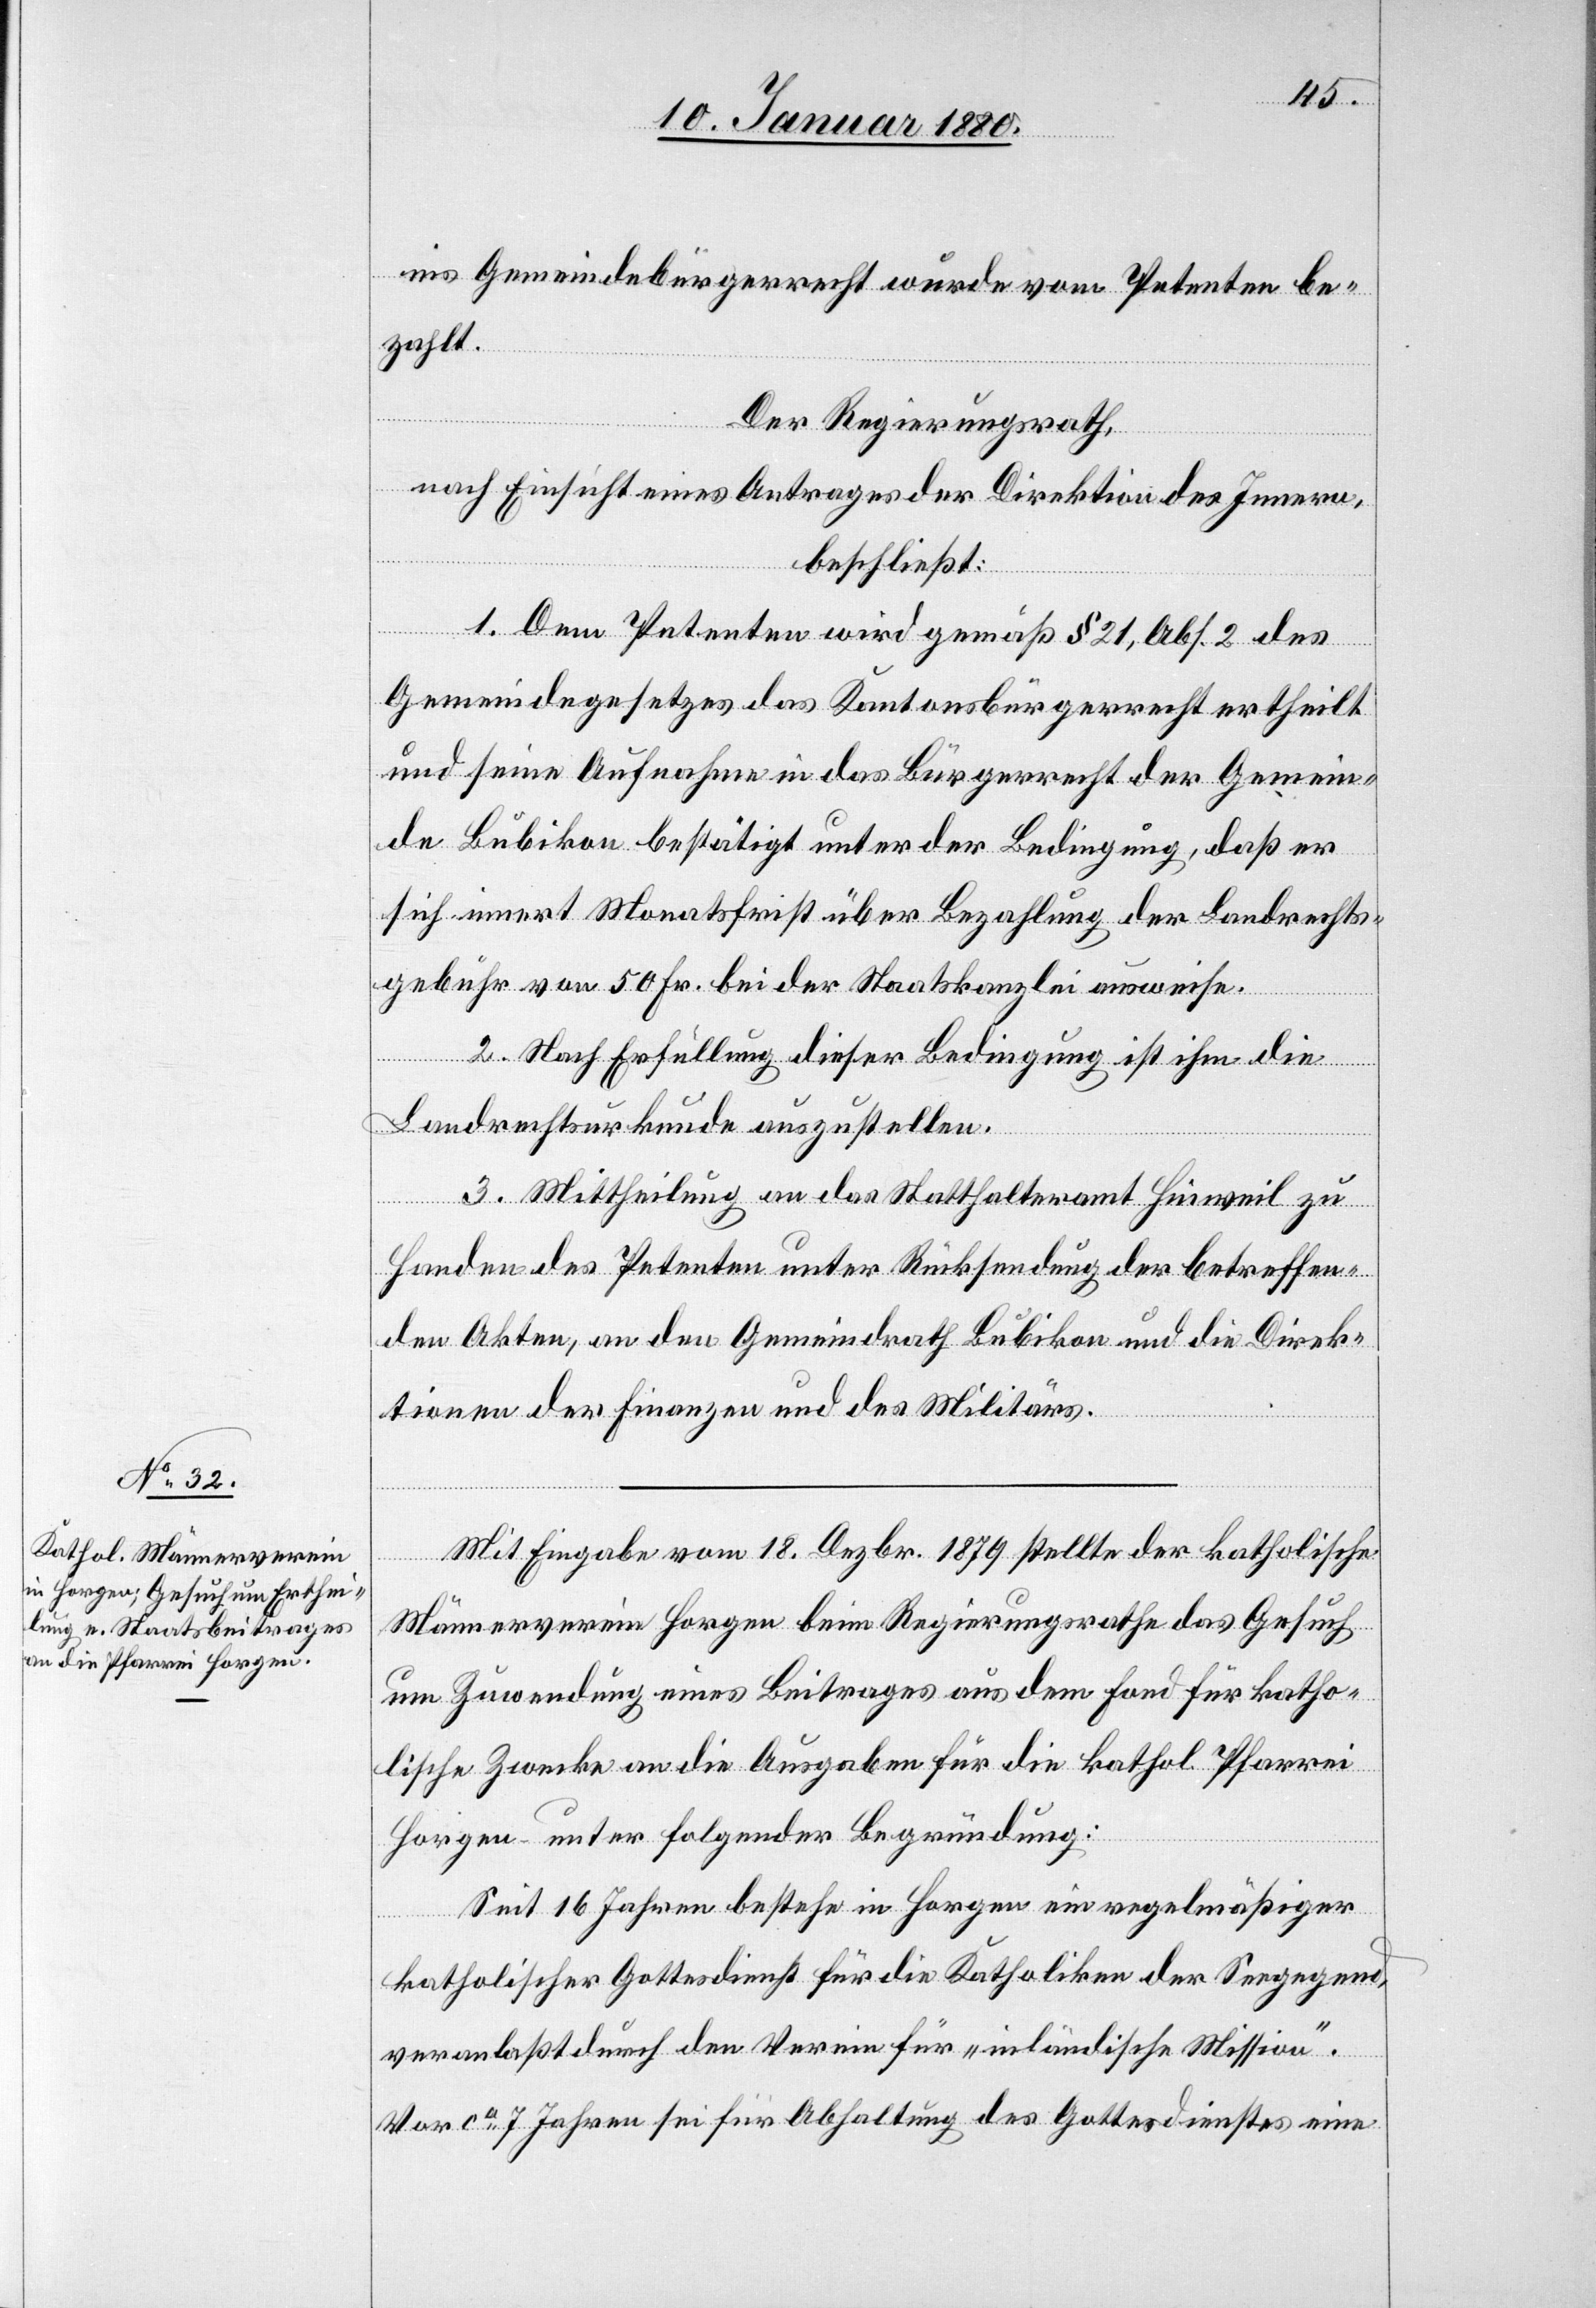
ins Gemeindebürgerrecht wurde vom Petenten be¬
zahlt.
Der Regierungsrath,
nach Einsicht eines Antrages der Direktion des Innern,
beschließt:
1. Dem Petenten wird gemäß § 21, Abs. 2 des
Gemeindegesetzes das Kantonsbürgerrecht ertheilt
uns seine Aufnahme in das Bürgerrecht der Gemein¬
de Bubikon bestätigt unter der Bedingung, daß er
sich innert Monatsfrist über Bezahlung der Landrechts¬
gebühr von 50 Fr. bei der Staatskanzlei ausweise.
2. Nach Erfüllung dieser Bedingung ist ihm die
Landrechtsurkunde auszustellen.
3. Mittheilung an das Statthalteramt Hinweil zu
Handen des Petenten unter Rücksendung der betreffen¬
den Akten, an den Gemeindrath Bubikon und die Direk¬
tionen der Finanzen und des Militärs.
Mit Eingabe vom 18. Dezbr. 1879 stellte der katholische
Männerverein Horgen beim Regierungsrathe das Gesuch
um Zuwendung eines Beitrages aus dem Fond für katho¬
lische Zwecke an die Ausgaben für die kathol. Pfarrei
Horgen unter folgender Begründung:
Seit 16 Jahren bestehe in Horgen ein regelmäßiger
katholischer Gottesdienst für die Katholiken der Seegegend,
veranlaßt durch den Verein für „inländische Mission“.
Vor ca 7 Jahren sei für Abhaltung des Gottesdienstes eine